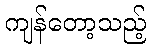
ကျန်တော့သည့်